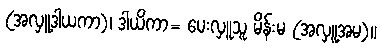
(အလှူ့ဒါယကာ)၊ ဒါယိကာ= ပေးလှူသူ မိန်းမ (အလှူ့အမ)။